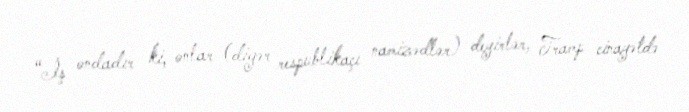
“İş ondadır ki, onlar (digər respublikaçı namizədlər) deyirlər, Tramp cinayətdə